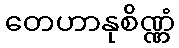
တေဟာနုစိဏ္ဏံ